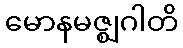
မောနမဇ္ဈဂါတိ